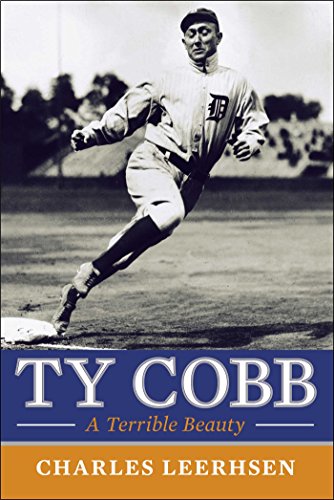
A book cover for Ty Cobb: A Terrible Beauty; Charles Leerhsen; Biographies & Memoirs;